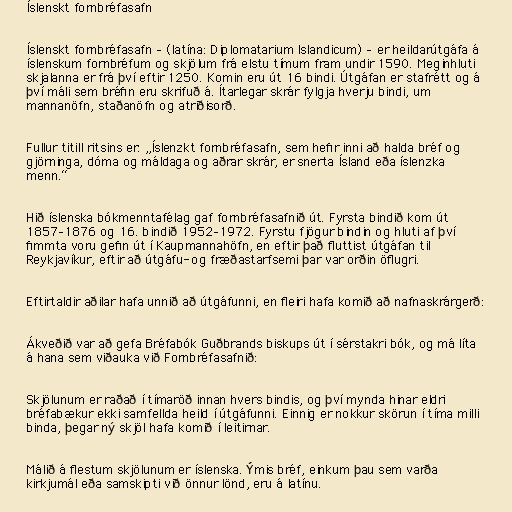
Íslenskt fornbréfasafn

Íslenskt fornbréfasafn – (latína: Diplomatarium Islandicum) – er heildarútgáfa á
íslenskum fornbréfum og skjölum frá elstu tímum fram undir 1590. Meginhluti
skjalanna er frá því eftir 1250. Komin eru út 16 bindi. Útgáfan er stafrétt og á
því máli sem bréfin eru skrifuð á. Ítarlegar skrár fylgja hverju bindi, um
mannanöfn, staðanöfn og atriðisorð.

Fullur titill ritsins er: „Íslenzkt fornbréfasafn, sem hefir inni að halda bréf og
gjörninga, dóma og máldaga og aðrar skrár, er snerta Ísland eða íslenzka
menn.“

Hið íslenska bókmenntafélag gaf fornbréfasafnið út. Fyrsta bindið kom út
1857–1876 og 16. bindið 1952–1972. Fyrstu fjögur bindin og hluti af því
fimmta voru gefin út í Kaupmannahöfn, en eftir það fluttist útgáfan til
Reykjavíkur, eftir að útgáfu- og fræðastarfsemi þar var orðin öflugri.

Eftirtaldir aðilar hafa unnið að útgáfunni, en fleiri hafa komið að nafnaskrárgerð:

Ákveðið var að gefa Bréfabók Guðbrands biskups út í sérstakri bók, og má líta
á hana sem viðauka við Fornbréfasafnið:

Skjölunum er raðað í tímaröð innan hvers bindis, og því mynda hinar eldri
bréfabækur ekki samfellda heild í útgáfunni. Einnig er nokkur skörun í tíma milli
binda, þegar ný skjöl hafa komið í leitirnar.

Málið á flestum skjölunum er íslenska. Ýmis bréf, einkum þau sem varða
kirkjumál eða samskipti við önnur lönd, eru á latínu.